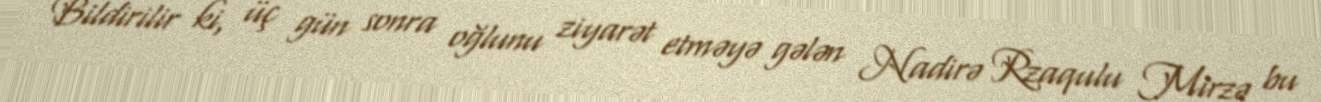
Bildirilir ki, üç gün sonra oğlunu ziyarət etməyə gələn Nadirə Rzaqulu Mirzə bu